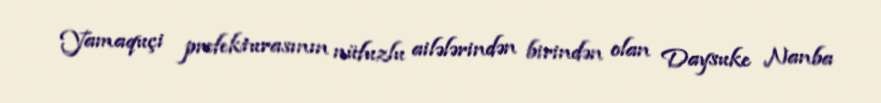
Yamaquçi prefekturasının nüfuzlu ailələrindən birindən olan Daysuke Nanba